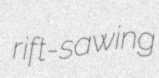
rift-sawing